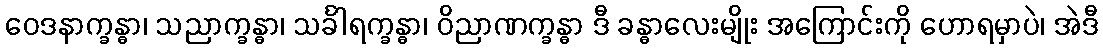
ဝေဒနာက္ခန္ဓာ၊ သညာက္ခန္ဓာ၊ သင်္ခါရက္ခန္ဓာ၊ ဝိညာဏက္ခန္ဓာ ဒီ ခန္ဓာလေးမျိုး အကြောင်းကို ဟောရမှာပဲ၊ အဲဒီ